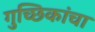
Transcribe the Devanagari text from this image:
गुच्छिकांचा